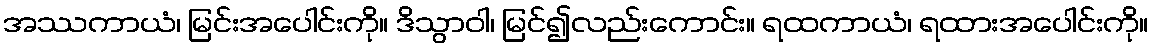
အဿကာယံ၊ မြင်းအပေါင်းကို။ ဒိသွာဝါ၊ မြင်၍လည်းကောင်း။ ရထကာယံ၊ ရထားအပေါင်းကို။